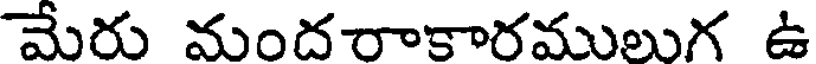
మేరు మందరాకారములుగ ఉ